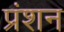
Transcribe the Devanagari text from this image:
प्रंशन